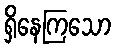
ရှိနေကြသော